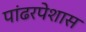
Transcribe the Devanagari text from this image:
पांढरपेशास